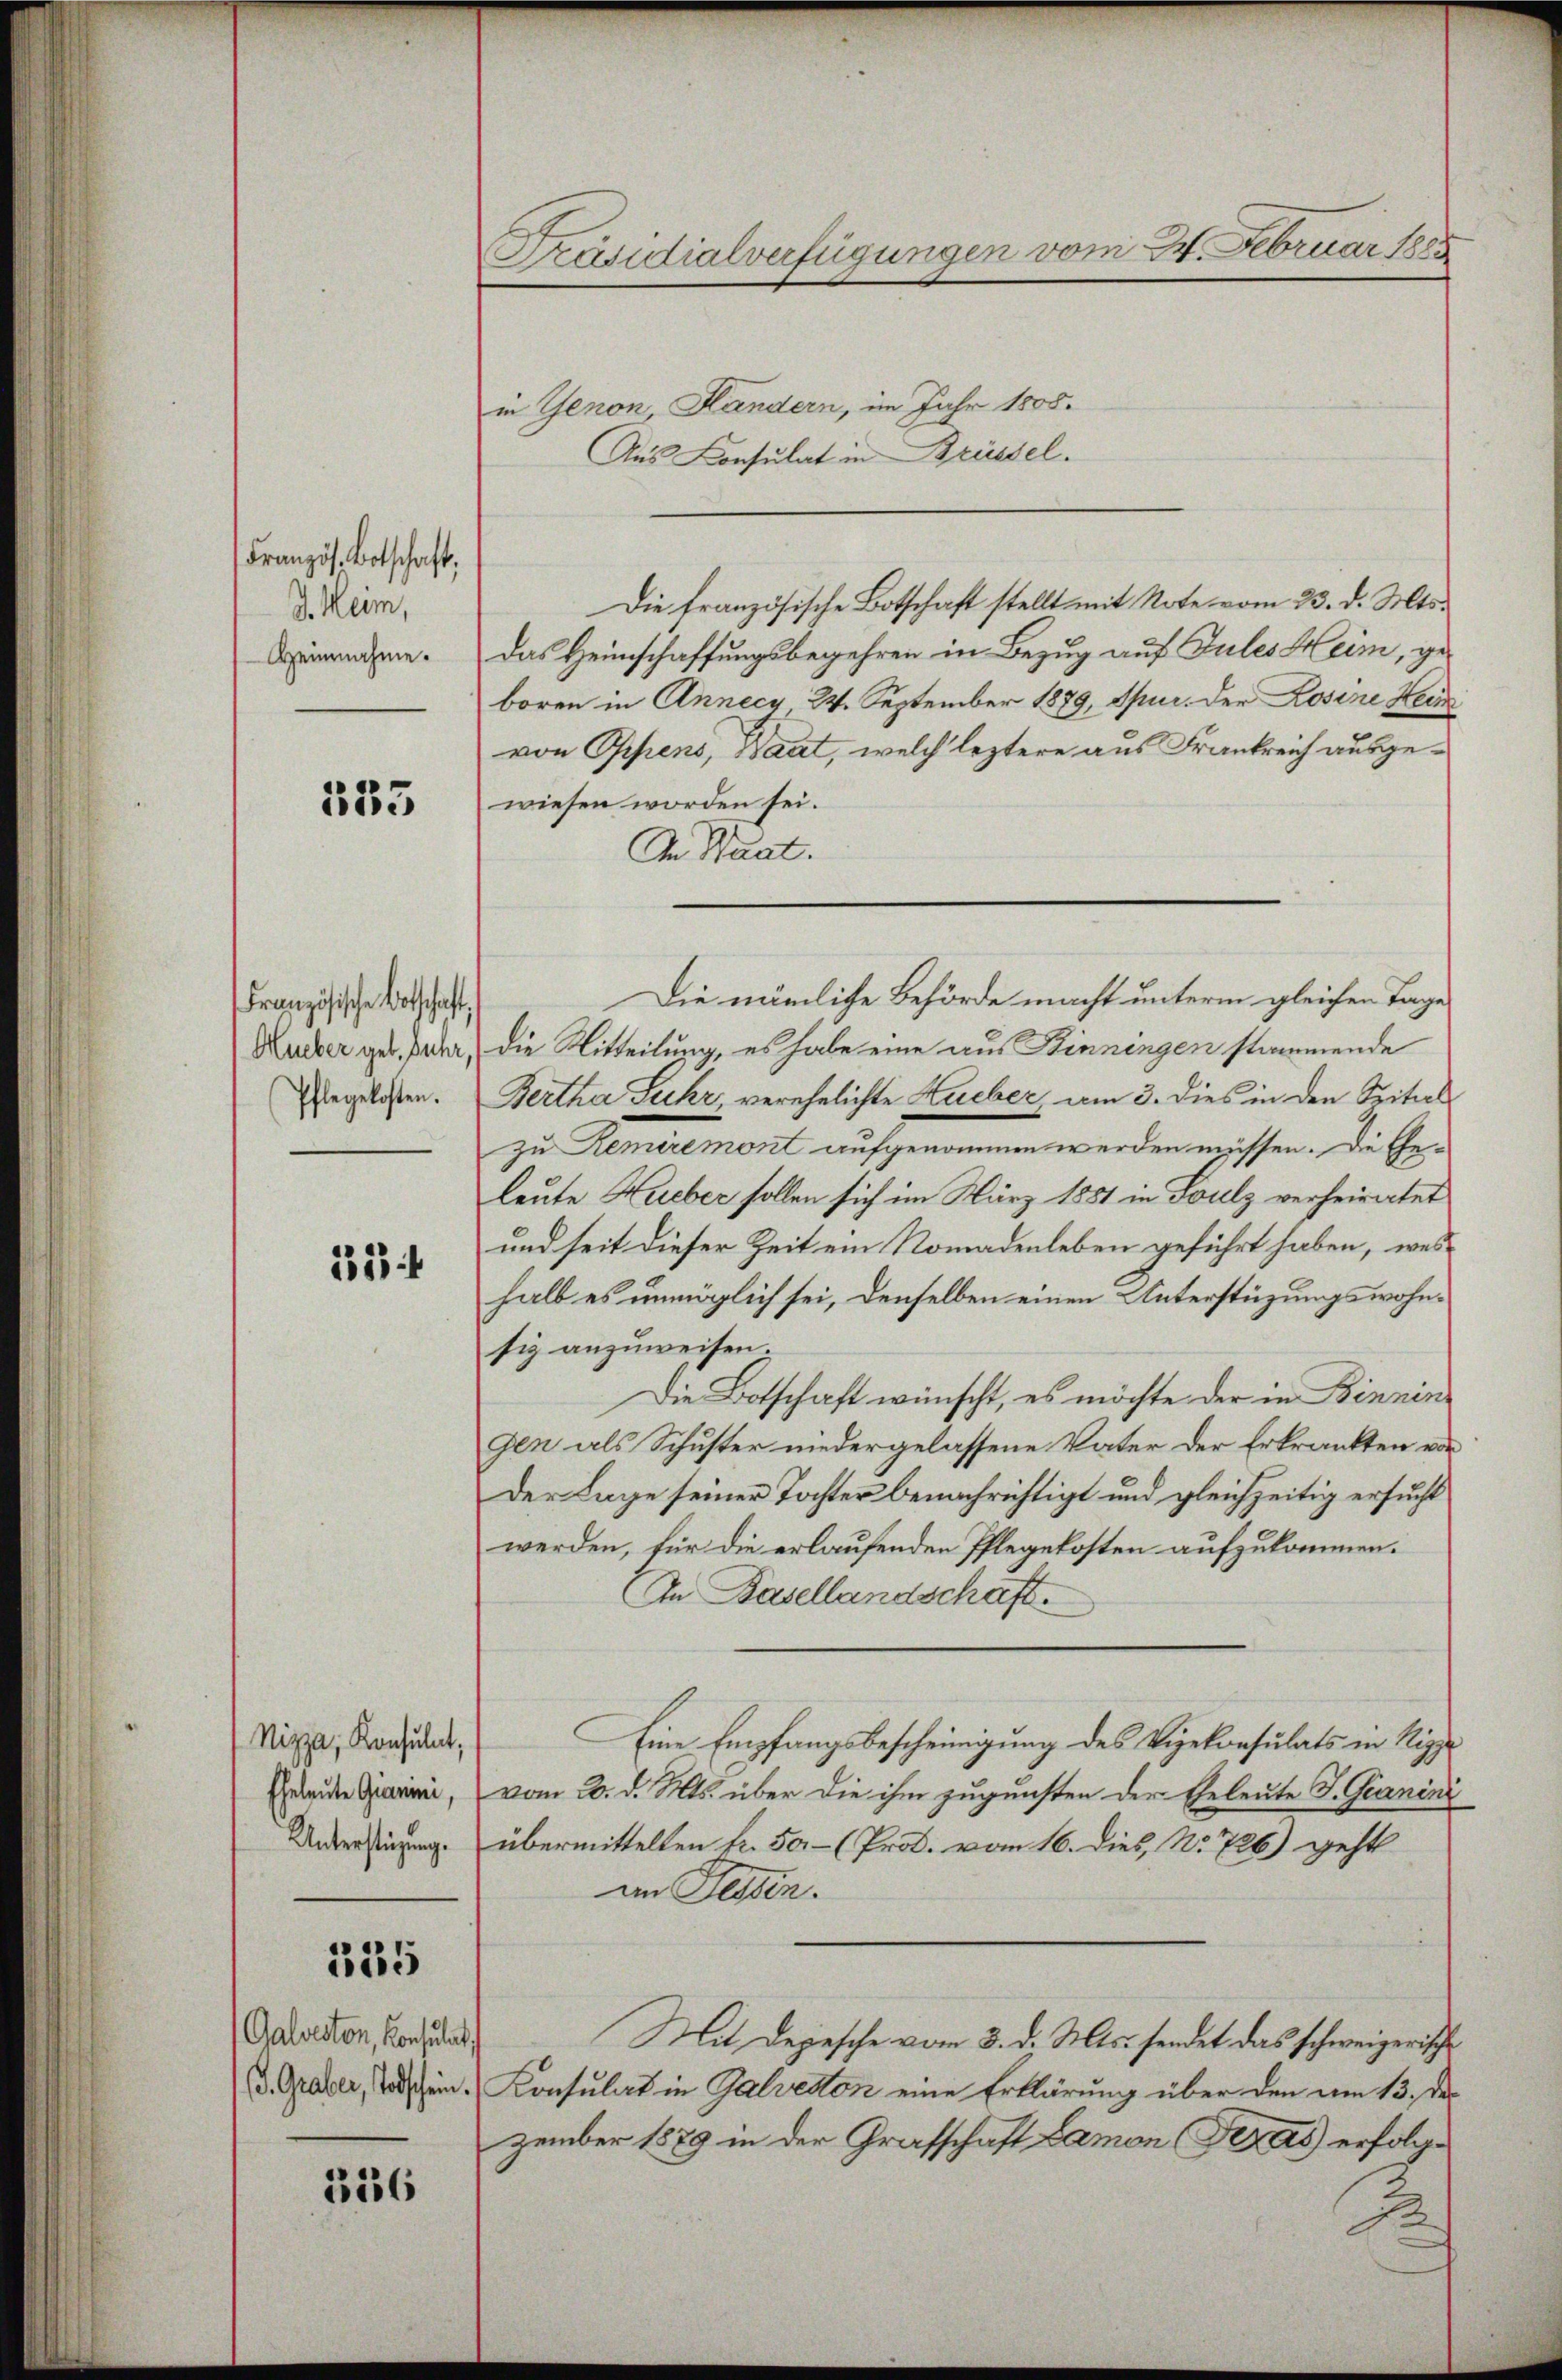
Französ. Botschaft,
J. Heim,
Heinnahme.

135

Französische Botschaft,
Hueber geb. Jahr
Pflegekosten.

22

Nizza, Konsulat,
Eheleute Giarini,
Unterstüzung.

335

Galveston, Konsulat
S. Graber, Todschein.

356

Präsidialverfügungen vom 24. Februar 1885

in Genon Händern, im Jahr 1805.
Aus Consulat in Brüssel.
Die französische Botschaft stellt mit Note vom 23. d. Mts.
das Heimschaffungsbegehren in Bezug auf Gules Heim, geboren in Annecy 24. September 1879, Spur. der Rosine Heim
von Oppens, Baat, welch leztere aus Frankreich ausgewiesen worden sei.
In Staat.
Die nämliche Behörde macht unterm gleichen Tage
die Mitteilung, es habe eine aus Binnengen stammende
Bertha Fuhr, verehelichte Hueber am 3. dies in den Spitalzu Remeremont aufgenommen werden müssen. Die Geleute Hueber sollen sich im März 1881 in Soulz verheiratet
und seit dieser Zeit ein Nomadenleben geführt haben, weshalb es unmöglich sei, denselben einen Unterstüzungswohnfiz anzuweisen.
Die Botschaft wünscht, es möchte der in Bennin
gen als Schuster niedergelassene Vater der Erkrankten von
Der Lage seiner Tochter benachrichtigt und gleichzeitig ersucht
werden, für die erlaufenden Pflegekosten aufzukommen.
An Basellandschaft.
Eine Empfangsbescheinigung des Vizekonsulats in Rippe
vom 20. d. Mts. über die ihm zugensten der Eheleute F. Granini
übermittelten fr. 50.- (Prod. vom 16. dies, No 726) geht
im Jesten.
Mit Depesche vom 3. d. Mts. sendet das schweizerische
Konsulat in Galveston eine Erklärung über den am 13. der
zember 1889 in der Grafschaft Lamon Teras erfolg¬
1